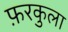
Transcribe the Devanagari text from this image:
फ़रकुला